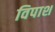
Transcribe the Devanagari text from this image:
विपाश